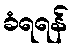
ခံရရန်